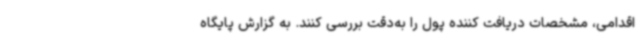
اقدامی، مشخصات دریافت کننده پول را به‌دقت بررسی کنند. به گزارش پایگاه